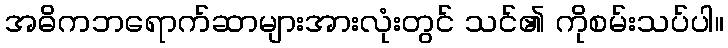
အဓိကဘရောက်ဆာများအားလုံးတွင် သင်၏ ကိုစမ်းသပ်ပါ။